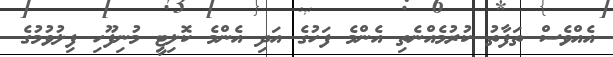
އެއްވެސް ތަފާތު ކުރުމެއްނެތި އެންމެ ފަހުގެ އަދި އެންމެ ކޮލިޓީ މުނިފޫހި ފިލުވުމުގެ